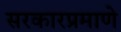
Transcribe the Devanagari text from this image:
सरकारप्रमाणे